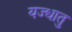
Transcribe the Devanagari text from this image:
यज्धातु